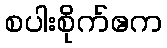
စပါးစိုက်ဧက